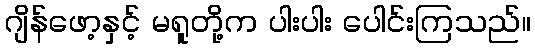
ဂျိန်ဖော့နှင့် မရူတို့က ပါးပါး ပေါင်းကြသည်။